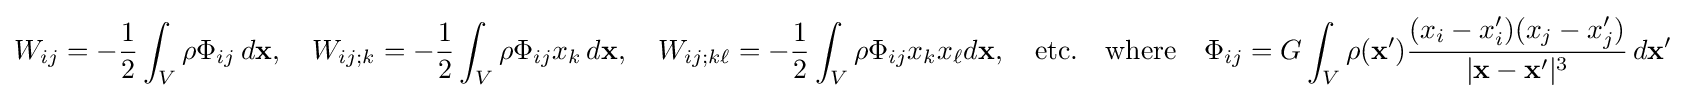
W_{ij}=-{\frac {1}{2}}\int _{V}\rho \Phi _{ij}\,d\mathbf {x} ,\quad W_{ij;k}=-{\frac {1}{2}}\int _{V}\rho \Phi _{ij}x_{k}\,d\mathbf {x} ,\quad W_{ij;k\ell }=-{\frac {1}{2}}\int _{V}\rho \Phi _{ij}x_{k}x_{\ell }d\mathbf {x} ,\quad \mathrm {etc.} \quad {\text{where}}\quad \Phi _{ij}=G\int _{V}\rho (\mathbf {x'} ){\frac {(x_{i}-x_{i}')(x_{j}-x_{j}')}{|\mathbf {x} -\mathbf {x'} |^{3}}}\,d\mathbf {x'}